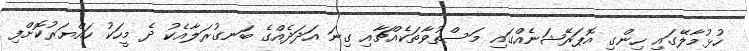
ހުޅުމާލޭގައި ހިންގި އޮޕަރޭޝަނެއްގައި މަސްތުވާތަކެއްޗާއި ގިނަ އަދަދެއްގެ ބަނގުރަލާއެކު ދެ މީހަކު ހައްޔަރުކޮށްފި